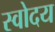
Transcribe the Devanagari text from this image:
स्वोदय